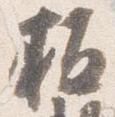
板